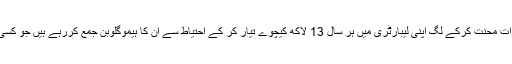
گریگری کی ٹیم دن رات محنت کرکے لگ اپنی لیبارٹری میں ہر سال 13 لاکھ کیچوے تیار کر کے احتیاط سے ان کا ہیموگلوبن جمع کررہے ہیں جو کسی خزانے سے کم نہیں۔